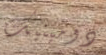
دومينيك